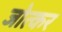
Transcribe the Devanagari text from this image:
जोत्कर